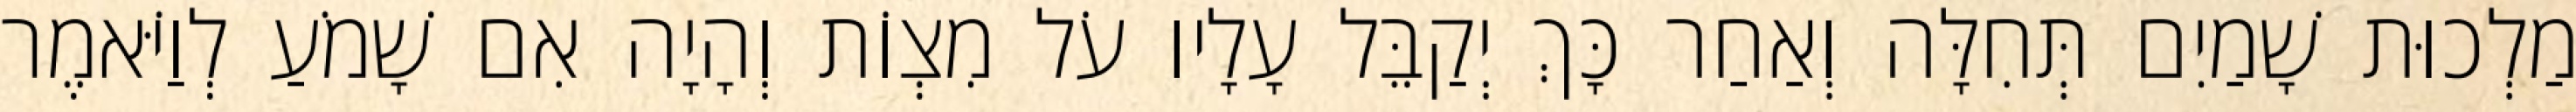
מַלְכוּת שָׁמַיִם תְּחִלָּה וְאַחַר כָּךְ יְקַבֵּל עָלָיו עֹל מִצְוֹת וְהָיָה אִם שָׁמֹעַ לְוַיֹּאמֶר